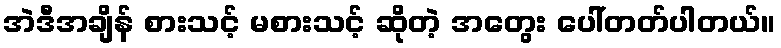
အဲဒီအချိန် စားသင့် မစားသင့် ဆိုတဲ့ အတွေး ပေါ်တတ်ပါတယ်။